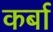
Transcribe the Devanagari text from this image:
कर्बा